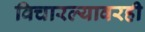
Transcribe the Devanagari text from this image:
विचारल्यावरही